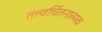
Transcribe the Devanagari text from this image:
तत्त्वचिंतनात्मक